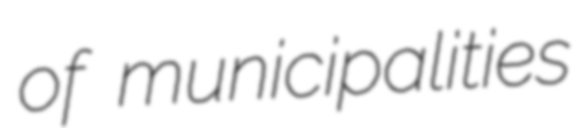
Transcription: of municipalities